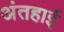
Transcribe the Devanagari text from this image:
अंतहाई